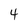
Character: 4